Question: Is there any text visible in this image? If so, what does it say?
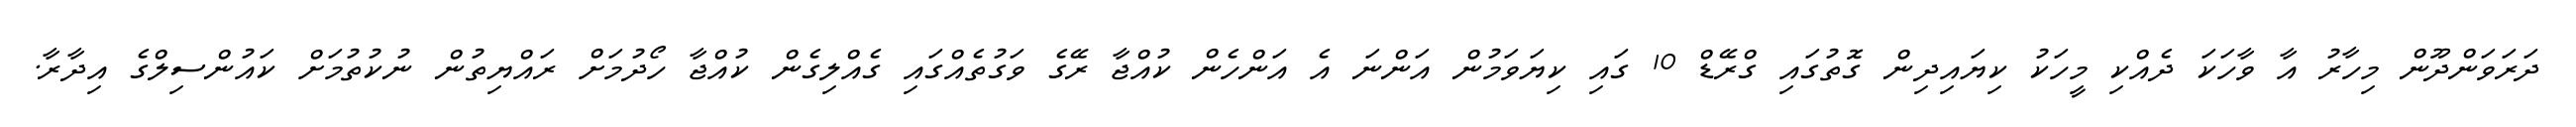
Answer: ދަރަވަންދޫން މިހާރު އާ ވާހަކަ ދެއްކި މީހަކު ކިޔައިދިން ގޮތުގައި ގްރޭޑް 10 ގައި ކިޔަވަމުން އަންނަ އެ އަންހެން ކުއްޖާ ރޭގެ ވަގުތެއްގައި ގެއްލިގެން ކުއްޖާ ހޯދުމަށް ރައްޔިތުން ނުކުތުމަށް ކައުންސިލްގެ އިދާރާ.